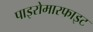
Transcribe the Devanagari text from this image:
पाइरोमारफाइट